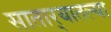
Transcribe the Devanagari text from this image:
सातार्‍यातल्या